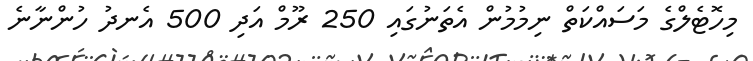
މިހޮޓެލްގެ މަސައްކަތް ނިމުމުން އެތަނުގައި 250 ރޫމް އަދި 500 އެނދު ހުންނާނެ